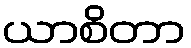
ယာစိတာ